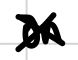
Text: on
Cross-out: cross
Writing tool: digital_black